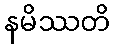
နမိဿတိ